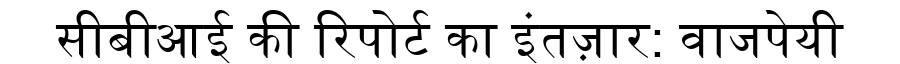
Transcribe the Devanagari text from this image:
सीबीआई की रिपोर्ट का इंतज़ार: वाजपेयी